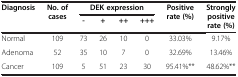
<table><thead><tr><td rowspan="2"><b>Diagnosis</b></td><td rowspan="2"><b>No. of cases</b></td><td colspan="4"><b>DEK expression</b></td><td rowspan="2"><b>Positive rate (%)</b></td><td rowspan="2"><b>Strongly positive rate (%)</b></td></tr><tr><td><b>-</b></td><td><b>+</b></td><td><b>++</b></td><td><b>+++</b></td></tr></thead><tbody><tr><td>Normal</td><td>109</td><td>73</td><td>26</td><td>10</td><td>0</td><td>33.03%</td><td>9.17%</td></tr><tr><td>Adenoma</td><td>52</td><td>35</td><td>10</td><td>7</td><td>0</td><td>32.69%</td><td>13.46%</td></tr><tr><td>Cancer</td><td>109</td><td>5</td><td>51</td><td>23</td><td>30</td><td>95.41%**</td><td>48.62%**</td></tr></tbody></table>